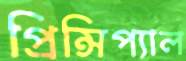
প্রিন্সিপ্যাল